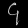
Digit: ၄